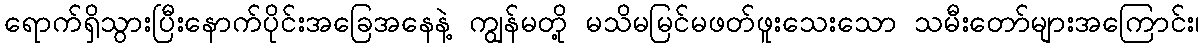
ရောက်ရှိသွားပြီးနောက်ပိုင်းအခြေအနေနဲ့ ကျွန်မတို့ မသိမမြင်မဖတ်ဖူးသေးသော သမီးတော်များအကြောင်း၊